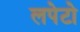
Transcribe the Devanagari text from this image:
लपेटो